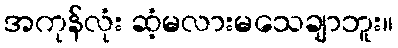
အကုန်လုံး ဆံ့မလားမသေချာဘူး။